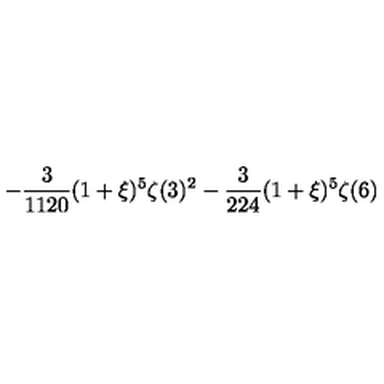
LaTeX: \displaystyle - \frac { 3 } { 1 1 2 0 } ( 1 + \xi ) ^ { 5 } \zeta ( 3 ) ^ { 2 } - \frac { 3 } { 2 2 4 } ( 1 + \xi ) ^ { 5 } \zeta ( 6 )